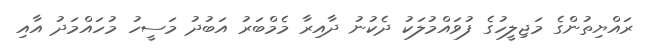
ރައްޔިތުންގެ މަޖިލީހުގެ ފުވައްމުލަކު ދެކުނު ދާއިރާ މެމްބަރު އަބުދު މަސީހު މުހައްމަދު އާއި